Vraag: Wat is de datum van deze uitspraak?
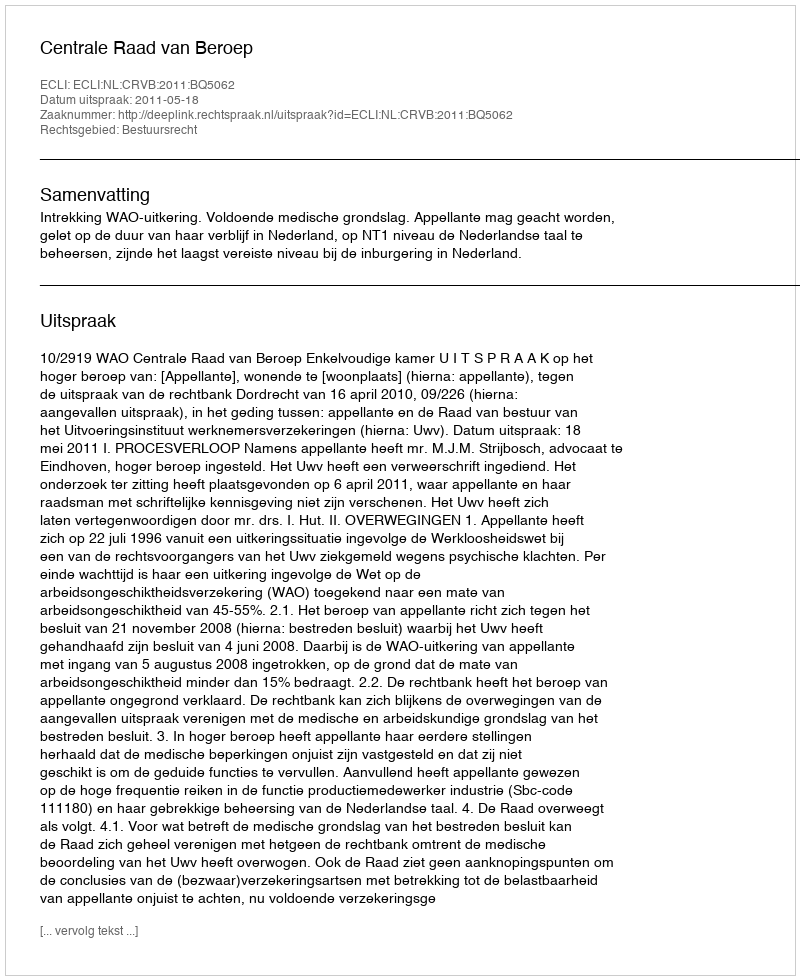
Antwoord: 2011-05-18